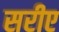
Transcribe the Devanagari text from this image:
सरीए